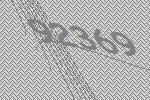
92369